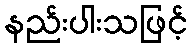
နည်းပါးသဖြင့်